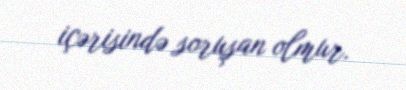
içərisində soruşan olmur.